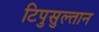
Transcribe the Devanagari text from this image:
टिपुसुल्तान